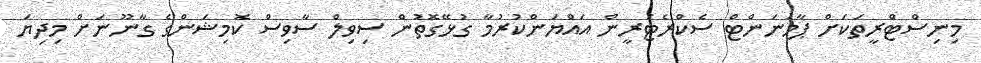
މިނިސްޓްރީތަކަށް ޕާމަނަންޓް ސެކްރެޓަރީން އައްޔަންކުރުމާ ގުޅޭގޮތުން ސިވިލް ސާވިސް ކޮމިޝަންގެ ގާނޫނަށް މިދިޔަ